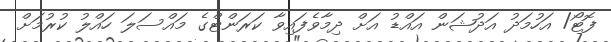
ފޮޓޯ/ އަހުމަދު އަދުޝަން އައްޑު އަށް ދިމާވެފައިވާ ކަރަންޓްގެ މައްސަލަ ހައްލު ކުރުމަށް